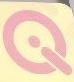
Q